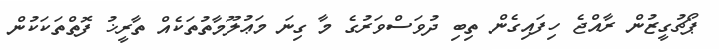
ޕޯޗުގީޒުން ރާއްޖެ ހިފައިގެން ތިބި ދުވަސްވަރުގެ މާ ގިނަ މަޢުލޫމާތުތަކެއް ތާރީޚު ފޮތްތަކަކުން